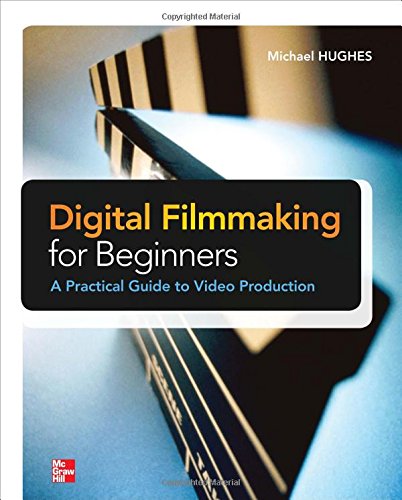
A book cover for Digital Filmmaking for Beginners A Practical Guide to Video Production; Michael Hughes; Arts & Photography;